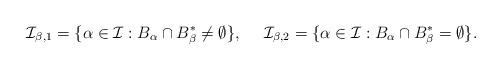
LaTeX: \begin{align*}\mathcal{I}_{\beta,1}=\{\alpha\in \mathcal{I}: B_\alpha\cap B_\beta^*\neq \emptyset\}, \ \ \ \ \mathcal{I}_{\beta,2}=\{\alpha\in \mathcal{I}: B_\alpha\cap B_\beta^*= \emptyset\}.\end{align*}